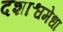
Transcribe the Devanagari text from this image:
दशाश्वमेधा